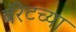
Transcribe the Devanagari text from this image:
बॅरेटच्या